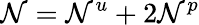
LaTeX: \mathcal{N}=\mathcal{N}^{u}+2\mathcal{N}^{p}